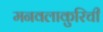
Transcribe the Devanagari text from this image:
मनवलाकुरिची